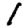
Digit: 1